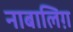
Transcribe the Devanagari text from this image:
नाबालिग़